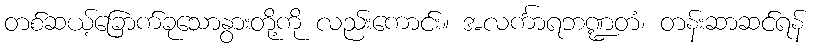
တစ်ဆယ့်ခြောက်ခုသောနွားတို့ကို လည်းကောင်း။ အလင်္ကာရဘဏ္ဍတံ၊ တန်းဆာဆင်ရန်